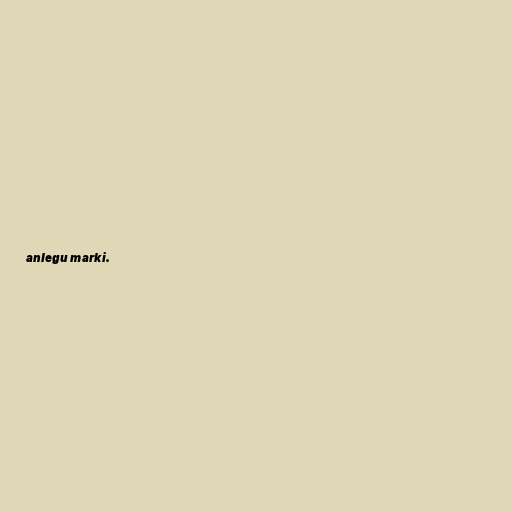
anlegu marki.